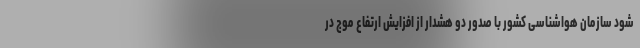
شود سازمان هواشناسی کشور با صدور دو هشدار از افزایش ارتفاع موج در